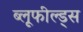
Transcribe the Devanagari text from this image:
ब्लूफील्ड्स